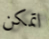
اتمكن